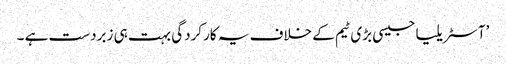
’آسٹریلیا جیسی بڑی ٹیم کے خلاف یہ کارکردگی بہت ہی زبردست ہے ۔